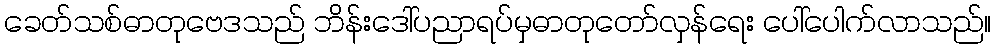
ခေတ်သစ်ဓာတုဗေဒသည် ဘိန်းဒေါ်ပညာရပ်မှဓာတုတော်လှန်ရေး ပေါ်ပေါက်လာသည်။